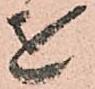
を